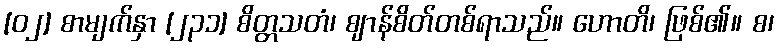
[၀၂] စာမျက်နှာ [၂၃၁] စိတ္တသတံ၊ ဈာန်စိတ်တစ်ရာသည်။ ဟောတိ၊ ဖြစ်၏။ စ၊